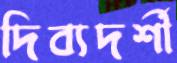
দিব্যদর্শী